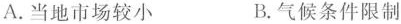
A.当地市场较小 B.气候条件限制